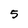
Character: 5